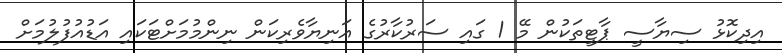
އިދިކޮޅު ސިޔާސީ ޕާޓީތަކުން މޭ 1 ގައި ސަރުކާރުގެ އަނިޔާވެރިކަން ނިންމުމަށްޓަކައި އަޑުއުފުލުމަށް